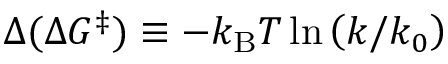
\Delta ( \Delta G ^ { \ddagger } ) \equiv - k _ { \mathrm { B } } T \ln \left( { k } / { k _ { 0 } } \right)